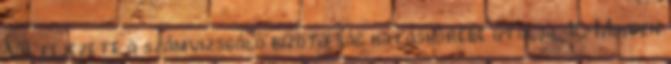
VII. fejezete a számvizsgáló bizottság hatáskörébe utalja. 10 Minden